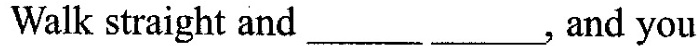
Walk straight and ___ ___，and you